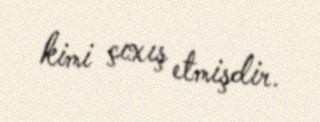
kimi çıxış etmişdir.